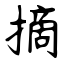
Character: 摘